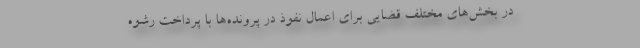
در بخش‌های مختلف قضایی برای اعمال نفوذ در پرونده‌ها با پرداخت رشوه